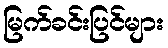
မြက်ခင်းပြင်များ